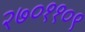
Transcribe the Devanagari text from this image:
२७०११०९